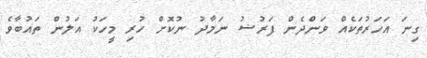
ގިނަ އަހަރުތަކެއް ވަންދެން ފަރުޟު ނަމާދު ނުކޮށް ހުރި މީހަކު އަލުން ތައުބާވެ